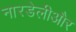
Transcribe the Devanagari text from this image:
नारडेलीऔर